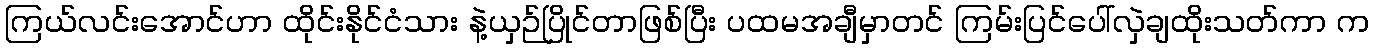
ကြယ်လင်းအောင်ဟာ ထိုင်းနိုင်ငံသား နဲ့ယှဉ်ပြိုင်တာဖြစ်ပြီး ပထမအချီမှာတင် ကြမ်းပြင်ပေါ်လှဲချထိုးသတ်ကာ က